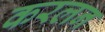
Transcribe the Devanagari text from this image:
करलन